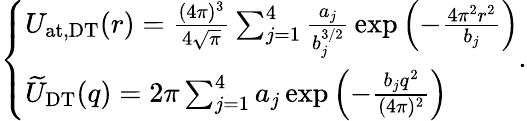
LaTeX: \begin{array}{r}{\left\{ \begin{array}{ll}{U_{\mathrm{at,DT}}(r)={\frac{(4\pi)^{3}}{4\sqrt{\pi}}}\sum_{j=1}^{4}{\frac{a_{j}}{b_{j}^{3/2}}}\exp\left(-{\frac{4\pi^{2}r^{2}}{b_{j}}}\right)}\\ {\widetilde{U}_{\mathrm{DT}}(q)=2\pi\sum_{j=1}^{4}a_{j}\exp\left(-{\frac{b_{j}q^{2}}{(4\pi)^{2}}}\right)}\end{array}\right..}\end{array}